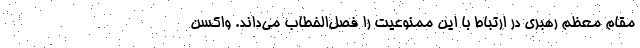
مقام معظم رهبری در ارتباط با این ممنوعیت را فصل‌الخطاب می‌داند. واکسن